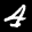
Label: 4